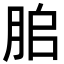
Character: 䏨